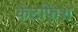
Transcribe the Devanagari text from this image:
कैटफ़िश